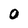
Character: O